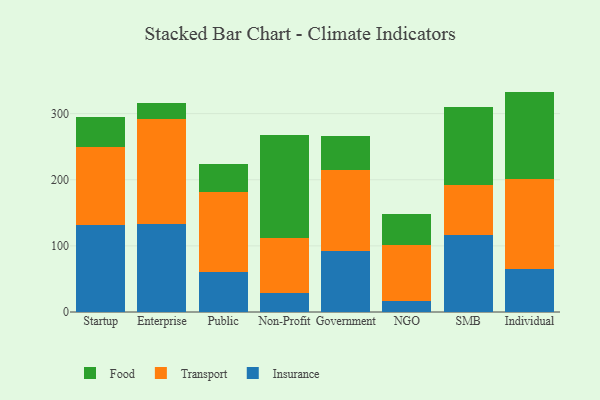
{"axis": {"x": "Segment", "y": "Net Income (USD K)"}, "legend": ["Food", "Insurance", "Transport"], "data": [{"x": "Startup", "y": 132.1, "type": "Insurance"}, {"x": "Startup", "y": 117.3, "type": "Transport"}, {"x": "Startup", "y": 44.9, "type": "Food"}, {"x": "Enterprise", "y": 132.7, "type": "Insurance"}, {"x": "Enterprise", "y": 159.2, "type": "Transport"}, {"x": "Enterprise", "y": 23.7, "type": "Food"}, {"x": "Public", "y": 61.2, "type": "Insurance"}, {"x": "Public", "y": 119.7, "type": "Transport"}, {"x": "Public", "y": 43.0, "type": "Food"}, {"x": "Non-Profit", "y": 28.1, "type": "Insurance"}, {"x": "Non-Profit", "y": 84.3, "type": "Transport"}, {"x": "Non-Profit", "y": 155.8, "type": "Food"}, {"x": "Government", "y": 92.8, "type": "Insurance"}, {"x": "Government", "y": 121.2, "type": "Transport"}, {"x": "Government", "y": 52.4, "type": "Food"}, {"x": "NGO", "y": 17.0, "type": "Insurance"}, {"x": "NGO", "y": 84.2, "type": "Transport"}, {"x": "NGO", "y": 46.3, "type": "Food"}, {"x": "SMB", "y": 116.0, "type": "Insurance"}, {"x": "SMB", "y": 75.8, "type": "Transport"}, {"x": "SMB", "y": 118.4, "type": "Food"}, {"x": "Individual", "y": 65.2, "type": "Insurance"}, {"x": "Individual", "y": 135.8, "type": "Transport"}, {"x": "Individual", "y": 132.3, "type": "Food"}]}